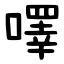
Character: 㘁